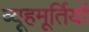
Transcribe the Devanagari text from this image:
व्यूहमूर्तियों